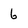
Character: 6